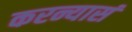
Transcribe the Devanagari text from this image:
करन्यासं